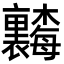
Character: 𬅗